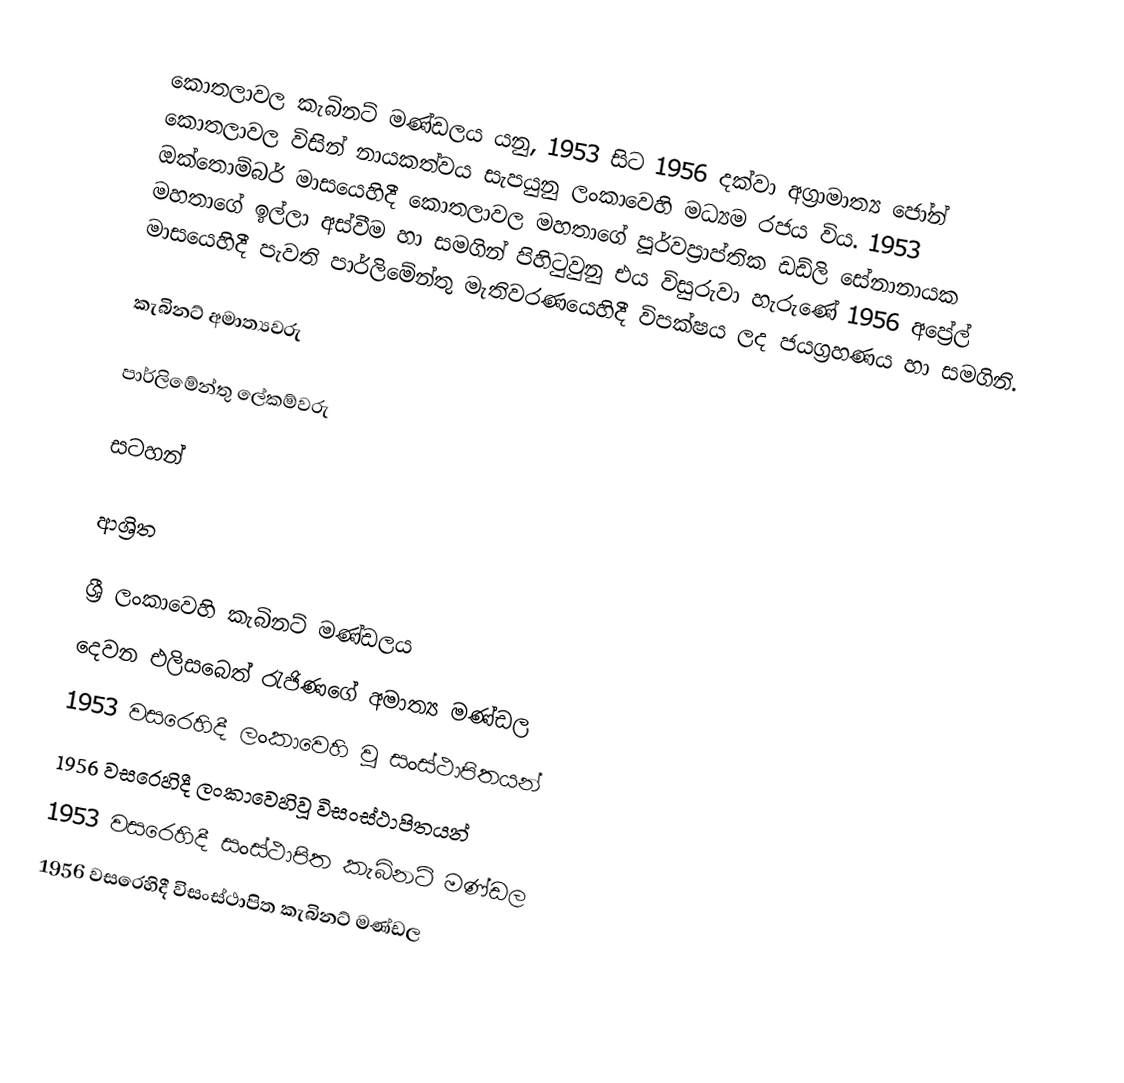
කොතලාවල කැබිනට් මණ්ඩලය යනු,  1953 සිට 1956 දක්වා අග්‍රාමාත්‍ය ජෝන් කොතලාවල විසින් නායකත්වය සැපයුනු ලංකාවෙහි මධ්‍යම රජය විය. 1953 ඔක්තොම්බර් මාසයෙහිදී කොතලාවල මහතාගේ පූර්වප්‍රාප්තික ඩඩ්ලි සේනානායක මහතාගේ ඉල්ලා අස්වීම හා සමගින් පිහිටුවුනු එය විසුරුවා හැරුණේ 1956 අප්‍රේල් මාසයෙහිදී පැවති පාර්ලිමේන්තු මැතිවරණයෙහිදී විපක්ෂය ලද ජයග්‍රහණය හා සමගිනි.

කැබිනට් අමාත්‍යවරු

පාර්ලිමේන්තු ලේකම්වරු

සටහන්

ආශ්‍රිත

ශ්‍රී ලංකාවෙහි කැබිනට් මණ්ඩලය
දෙවන එලිසබෙත් රැජිණගේ අමාත්‍ය මණ්ඩල
1953 වසරෙහිදී ලංකාවෙහි වූ  සංස්ථාපිතයන්
1956 වසරෙහිදී ලංකාවෙහිවූ විසංස්ථාපිතයන්
 1953 වසරෙහිදී සංස්ථාපිත කැබිනට් මණ්ඩල
 1956 වසරෙහිදී විසංස්ථාපිත කැබිනට් මණ්ඩල